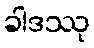
ခါဒဿု